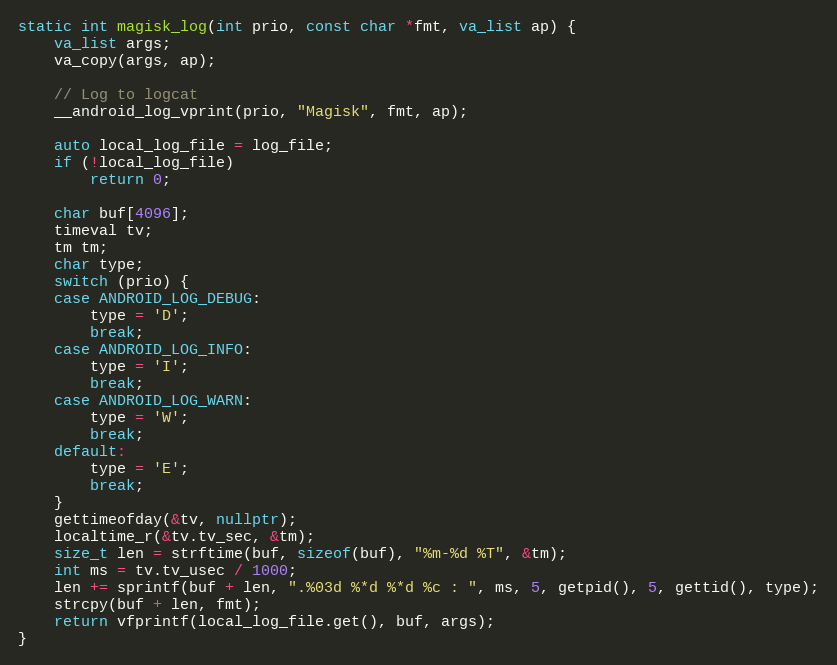
Language: C++
static int magisk_log(int prio, const char *fmt, va_list ap) {
    va_list args;
    va_copy(args, ap);

    // Log to logcat
    __android_log_vprint(prio, "Magisk", fmt, ap);

    auto local_log_file = log_file;
    if (!local_log_file)
        return 0;

    char buf[4096];
    timeval tv;
    tm tm;
    char type;
    switch (prio) {
    case ANDROID_LOG_DEBUG:
        type = 'D';
        break;
    case ANDROID_LOG_INFO:
        type = 'I';
        break;
    case ANDROID_LOG_WARN:
        type = 'W';
        break;
    default:
        type = 'E';
        break;
    }
    gettimeofday(&tv, nullptr);
    localtime_r(&tv.tv_sec, &tm);
    size_t len = strftime(buf, sizeof(buf), "%m-%d %T", &tm);
    int ms = tv.tv_usec / 1000;
    len += sprintf(buf + len, ".%03d %*d %*d %c : ", ms, 5, getpid(), 5, gettid(), type);
    strcpy(buf + len, fmt);
    return vfprintf(local_log_file.get(), buf, args);
}